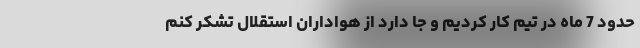
حدود 7 ماه در تیم کار کردیم و جا دارد از هواداران استقلال تشکر کنم